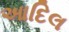
આદિલ